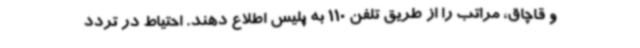
و قاچاق، مراتب را از طریق تلفن 110 به پلیس اطلاع دهند. احتیاط در تردد